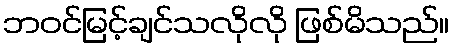
ဘဝင်မြင့်ချင်သလိုလို ဖြစ်မိသည်။